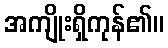
အကျိုးရှိကုန်၏။